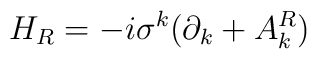
H_R = -i\sigma^k(\partial_k + A^R_k)